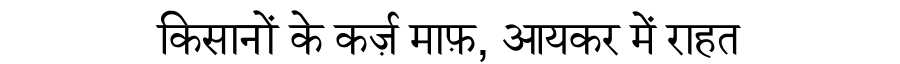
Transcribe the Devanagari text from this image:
किसानों के कर्ज़ माफ़, आयकर में राहत